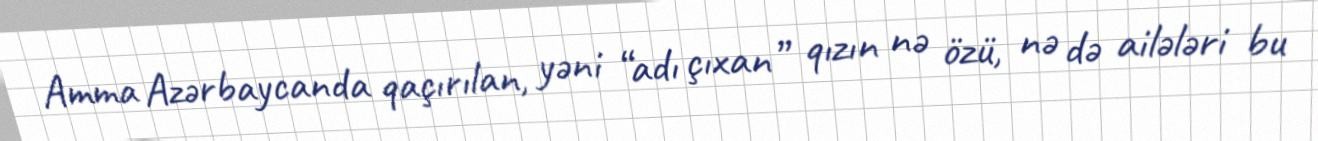
Amma Azərbaycanda qaçırılan, yəni “adı çıxan” qızın nə özü, nə də ailələri bu